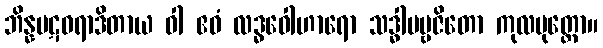
ဘိန္နပဋဓရာဒိတာယ ဝါ ဧဝံ လဒ္ဓဝေါဟာရော သဒ္ဓါပဗ္ဗဇိတော ကုလပုတ္တော။